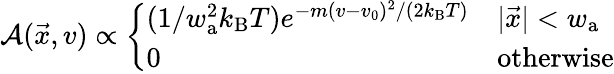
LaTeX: \mathcal{A}(\vec{x},v)\propto\left\{ \begin{array}{ll}{(1/w_{\textrm{a}}^{2}k_{\textrm{B}}T)e^{-m(v-v_{0})^{2}/(2k_{\textrm{B}}T)}}&{|\vec{x}|<w_{\textrm{a}}}\\ {0}&{\mathrm{otherwise}}\end{array}\right.